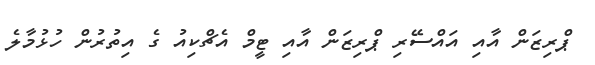
ޕްރިޒަން އާއި އައްސޭރި ޕްރިޒަން އާއި ޓީމް އެޗްކިއު ގެ އިތުރުން ހުޅުމާލެ